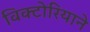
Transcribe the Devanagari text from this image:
विक्टोरियाने